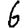
Digit: 6